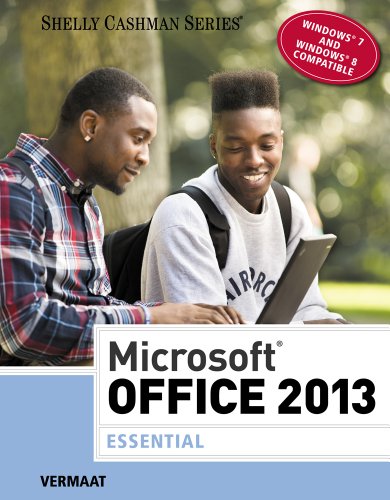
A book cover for Microsoft Office 2013: Essential (Shelly Cashman); Misty E. Vermaat; Computers & Technology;